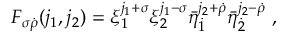
F _ { \sigma \dot { \rho } } ( j _ { 1 } , j _ { 2 } ) = \xi _ { 1 } ^ { j _ { 1 } + \sigma } \xi _ { 2 } ^ { j _ { 1 } - \sigma } \bar { \eta } _ { \dot { 1 } } ^ { j _ { 2 } + \dot { \rho } } \bar { \eta } _ { \dot { 2 } } ^ { j _ { 2 } - \dot { \rho } } \ ,